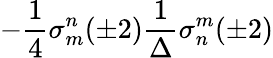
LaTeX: -\frac{1}{4}\sigma_{m}^{n}(\pm 2)\frac{1}{\Delta}\sigma_{n}^{m}(\pm 2)